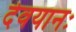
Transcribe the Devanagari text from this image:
देवयानः